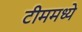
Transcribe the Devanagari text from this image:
टीममध्ये